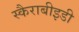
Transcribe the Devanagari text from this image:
स्कैराबीइडी